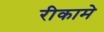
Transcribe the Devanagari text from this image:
रीकामे